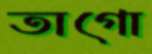
তাগো